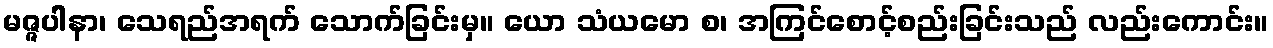
မဇ္ဇပါနာ၊ သေရည်အရက် သောက်ခြင်းမှ။ ယော သံယမော စ၊ အကြင်စောင့်စည်းခြင်းသည် လည်းကောင်း။